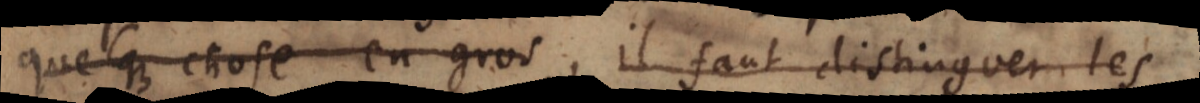
quelque chose en gros, il faut distinguer les